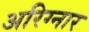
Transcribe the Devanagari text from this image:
अरिग्नार